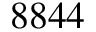
8 8 4 4